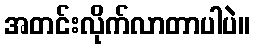
အတင်းလိုက်လာတာပါပဲ။